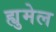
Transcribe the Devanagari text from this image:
ह्युमेल